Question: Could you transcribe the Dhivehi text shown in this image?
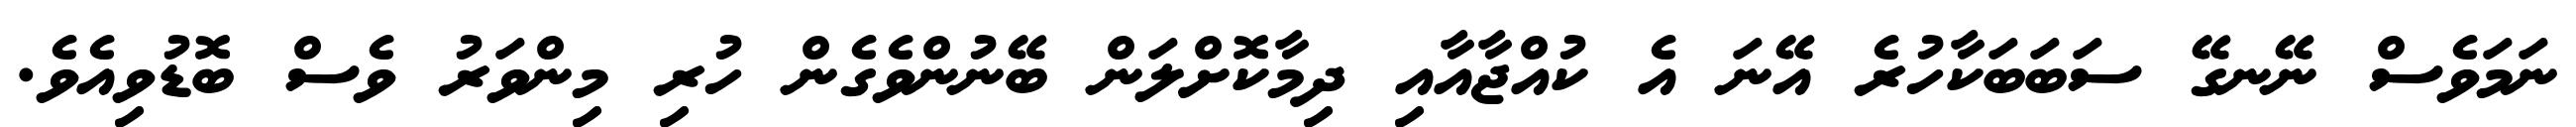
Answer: ނަމަވެސް ނޭނގޭ ސަބަބަކާހުރެ އޭނަ އެ ކުއްޖާއާއި ދިމާކޮށްލަން ބޭނުންވެގެން ހުރި މިންވަރު ވެސް ބޮޑުވިއެވެ.